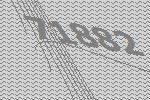
71882